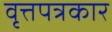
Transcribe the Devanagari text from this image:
वृत्तपत्रकार